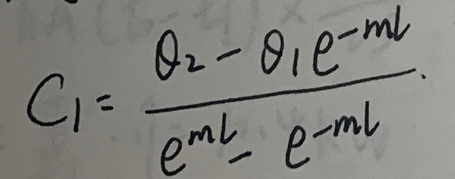
\[
C_{1}=\frac{\theta_{2}-\theta_{1}e^{-ml}}{e^{ml}-e^{-ml}}
\]